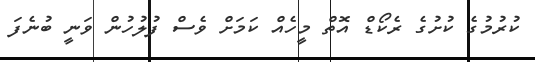
ކުރުމުގެ ކުށުގެ ރެކޯޑް އޮތް މީހެއް ކަމަށް ވެސް ފުލުހުން ވަނީ ބުނެފަ